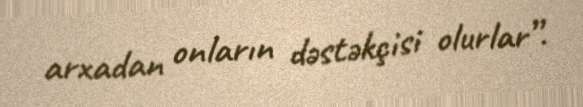
arxadan onların dəstəkçisi olurlar”.